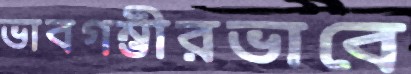
ভাবগম্ভীরভাবে